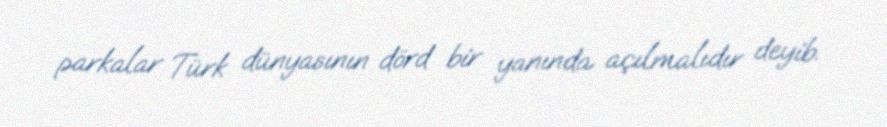
parkalar Türk dünyasının dörd bir yanında açılmalıdır deyib.